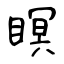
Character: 瞑